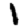
Digit: 1